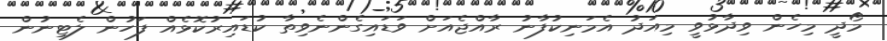
މޯދީ މިހެން ވިދާޅުވީ މިއަދު އެމަނިކުފާނު ރާއްޖެއަށް ވަޑައިގެންނެވިތާ ކުޑައިރުކޮޅެއް ފަހުން ލެޓިނުން